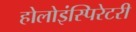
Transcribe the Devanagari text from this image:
होलोइंस्पिरेटरी